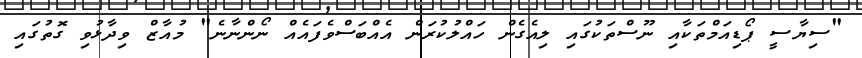
"ސިޔާސީ ޕޯޑިއަމްތަކާއި ނޫސްތަކުގައި ލިއެގެން ހައްލުކުރަން އެއްބަސްވެފައެއް ނޯންނާނެ" މުއާޒް ވިދާޅުވި ގޮތުގައި